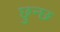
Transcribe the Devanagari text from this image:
छुन्छ